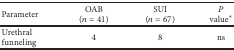
<table><thead><tr><td><b>Parameter</b></td><td><b>OAB (<i>n</i> = 41)</b></td><td><b>SUI (<i>n</i> = 67)</b></td><td><b><i>P</i> value<sup><i>∗</i></sup></b></td></tr></thead><tbody><tr><td>Urethral funneling</td><td>4</td><td>8</td><td>ns</td></tr></tbody></table>